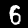
Label: 6